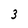
Character: 3